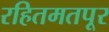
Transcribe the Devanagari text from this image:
रहितमतपूर